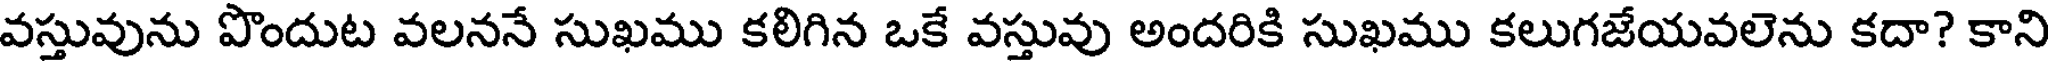
వస్తువును పొందుట వలననే సుఖము కలిగిన ఒకే వస్తువు అందరికి సుఖము కలుగజేయవలెను కదా? కాని